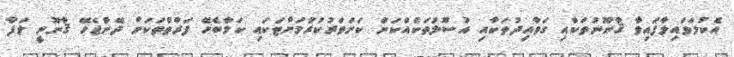
އެކުލަވައިލާފައިވާ ޤާނޫނުތަކާއި ގަވާއިދުތަކާއި އުސޫލުތަކެއްކަން ކަށަވަރުކުރުމަށްޓަކައި ކަމާބެހޭ ފަރާތްތަކަށް ދޭންޖެހޭ ޤާނޫނީ ލަފާ